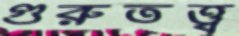
গুরুতত্ত্ব